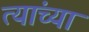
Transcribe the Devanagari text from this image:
त्यांच्या